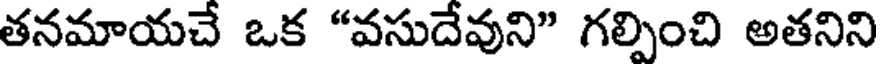
తనమాయచే ఒక "వసుదేవుని" గల్పించి అతనిని